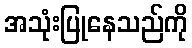
အသုံးပြုနေသည်ကို